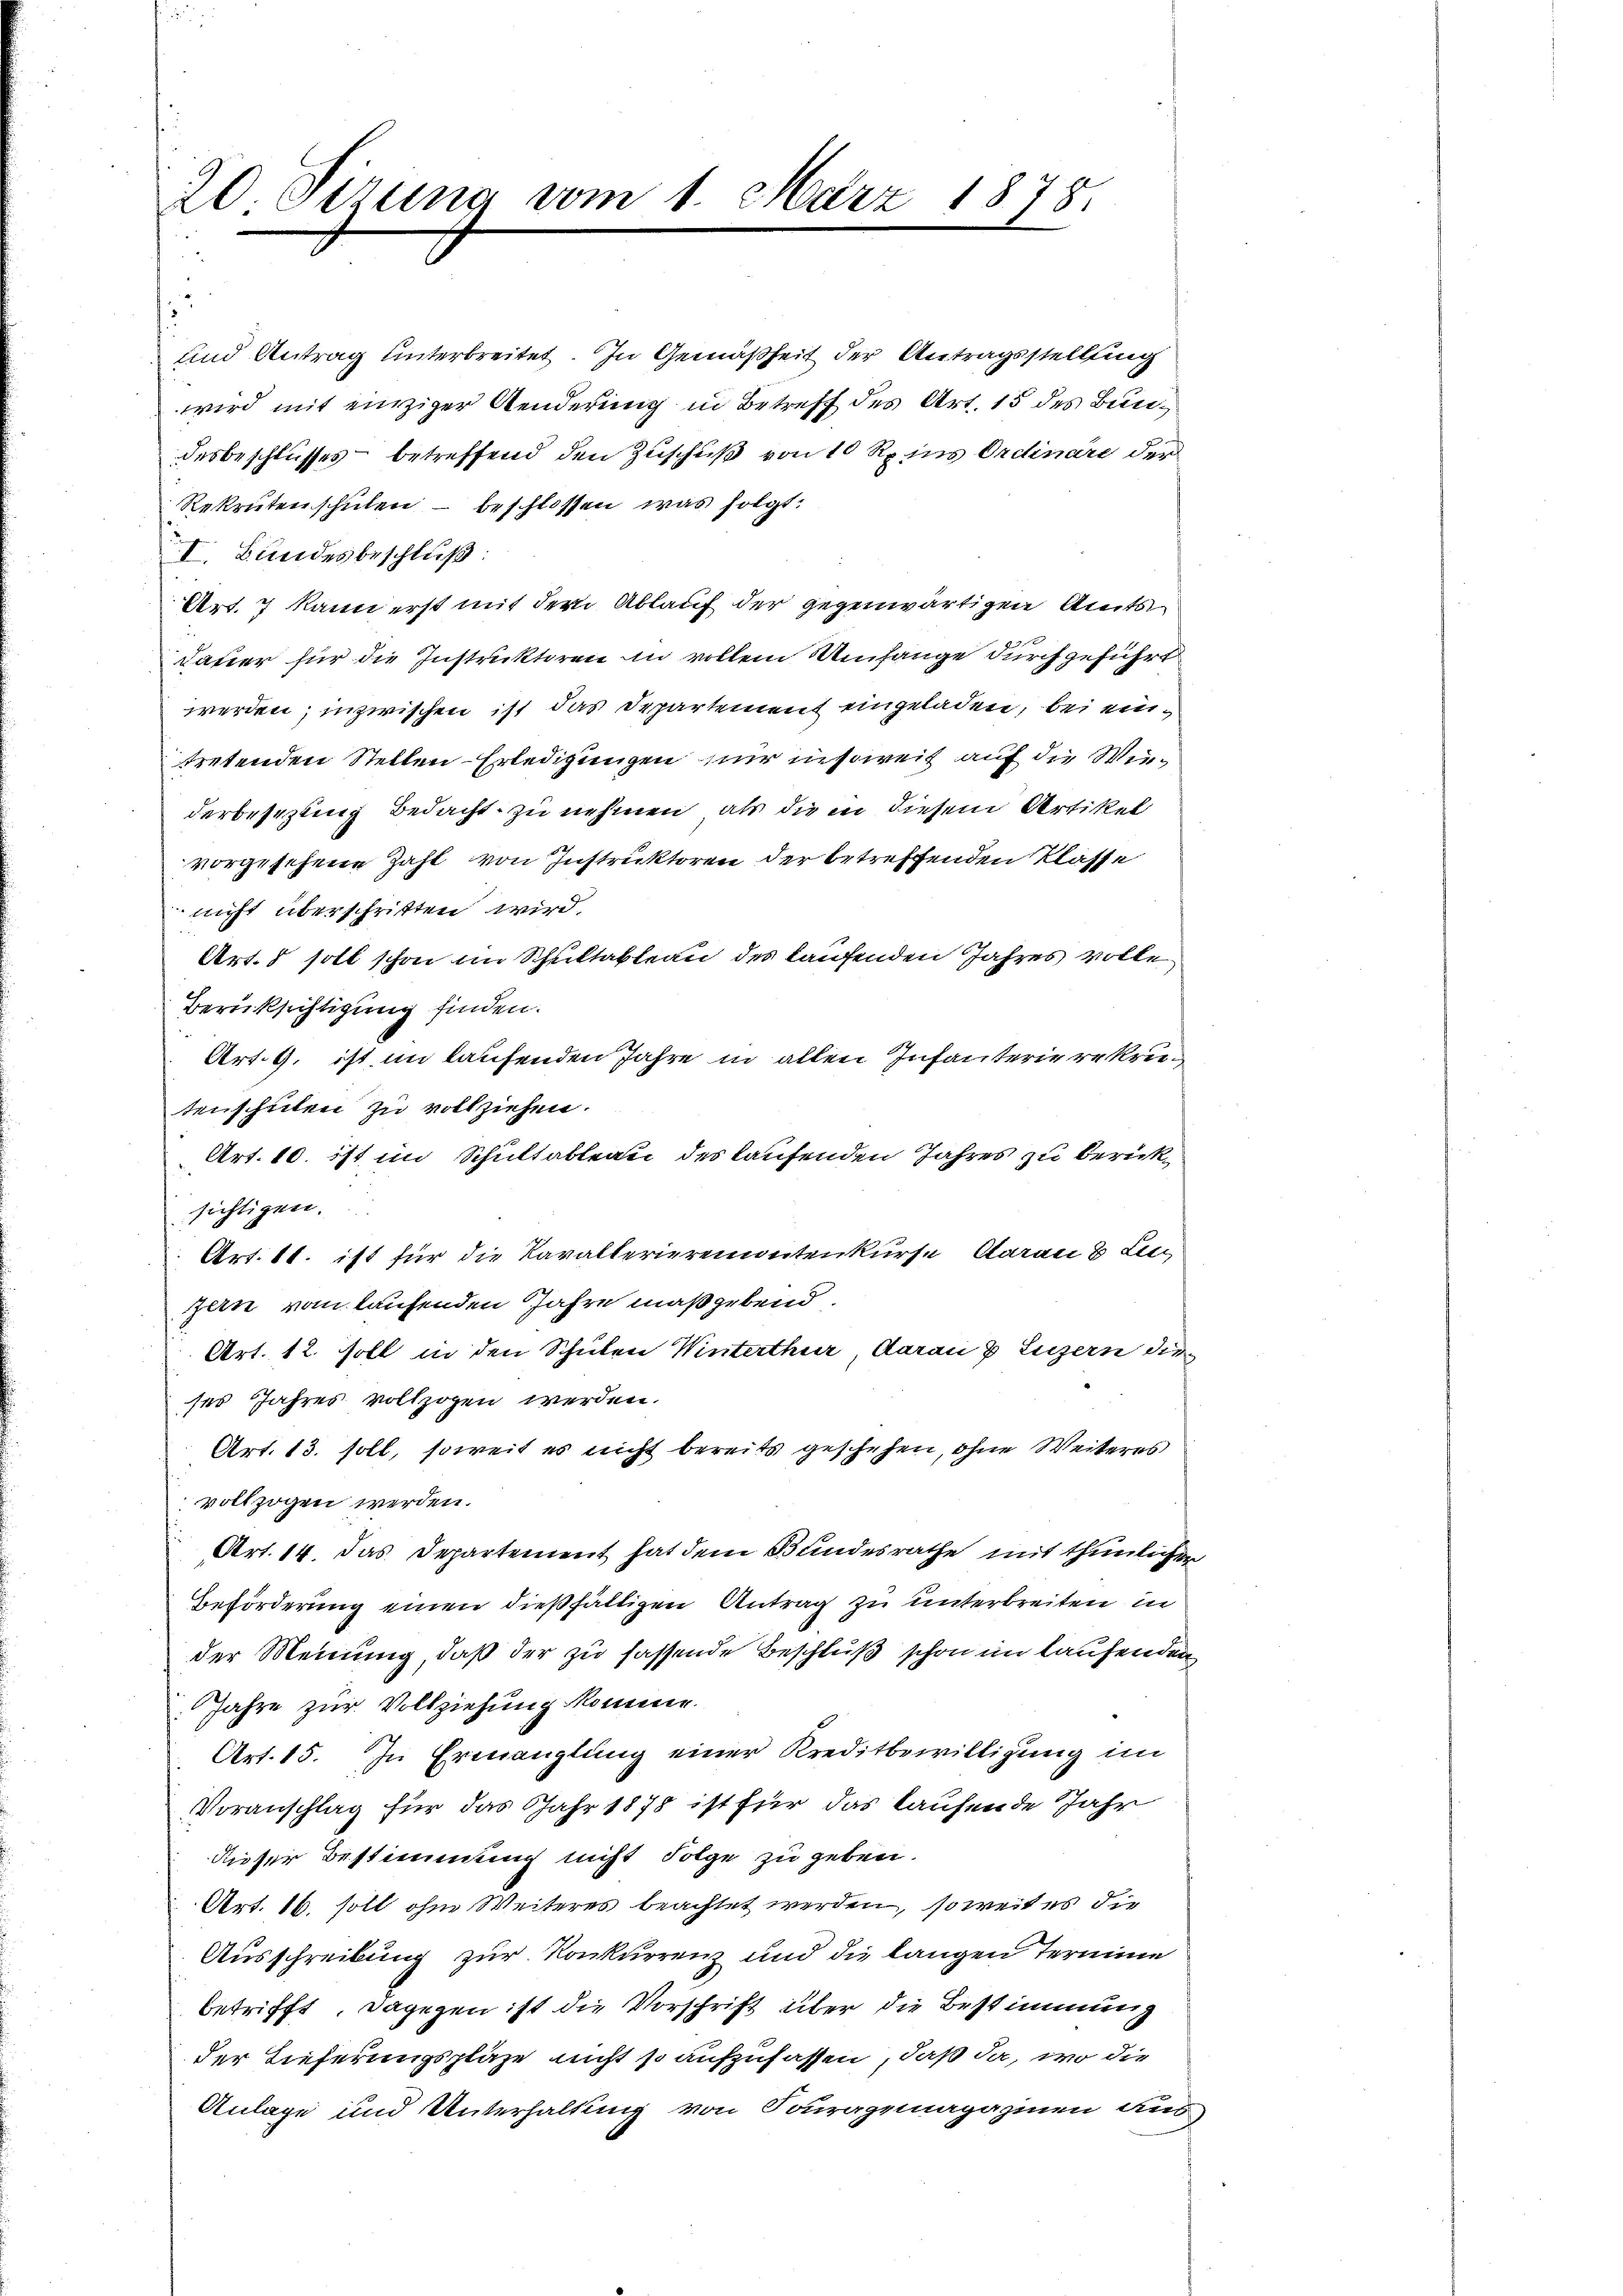
20 Sizung vom 1. März 1878.

und Antrag unterbreitet. In Gemäßheit der Antragsstellung
wird mit einziger Aenderung in Betreff des Art. 15 des Bundesbeschlusses betreffend den Zuschuß von 10 Rp. ins Ordinare der
Rekrutenschulen – beschlossen, was folgt:
I Bundesbeschluß:
Art. 7 kann erst mit dem Ablauf der gegenwärtigen Amts
dauer für die Instruktoren in vollem Umfange durchgeführt
werden; inzwischen ist das Departement eingeladen, bei eintretenden Stellen-Erledigungen nur insoweit auf die Wiederbesezling bedacht zu nehmen, als die in diesem Artikel
vorgesehene Zahl von Instruktoren der betreffenden Klasse
nicht überschritten wird.
Art. 5 soll schon im Schultableau des kaufenden Jahres volle
Berüksichtigung finden.
Art. 9. ist im laufenden Jahre in allen Infanterierekreitenschulen zu vollziehen.
Art. 10. ist im Schultableau des laufenden Jahres zu berücksichtigen.
Art. 11. ist für die Kavalterieremontenkurse darau & Luzern vom laufenden Jahre maßgebend.
Art. 12. soll in den Schulen Winterthur darau v. Luzern die
ses Jahres vollzogen werden.
Art. 13. soll, soweit es nicht bereits geschehen, ohne Weiteres
vollzogen werden.
Art. 14. das Departement hat dem Bundesrathe mit thunlicher
Beförderung einen dießfälligen Antrag zu unterbreiten in
der Meinung, daß der zu fassende Beschluß schon im laufenden
Jahre zur Vollziehung komme.
Art. 15. In Ermanglung einer Kreditbewilligung im
Voranschlag für das Jahr 1878 ist für das laufende Jahr
dieser Bestimmung nicht Folge zu geben.
Art. 16. soll ohne Weiteres beachtet werden, so weit es die
Ausschreibung zur Konkurrenz und die langen Termine
betrifft, dagegen ist die Vorschrift über die Bestimmung
der Lieferungspläze nicht so aufzufassen, daß da, wo die
Anlage und Unterhaltung von Souragemagazinen aus

1